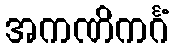
အကဏိကင်္ဂံ